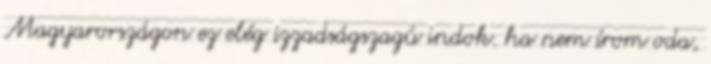
Magyarországon ez elég izzadságszagú indok. ha nem írom oda,